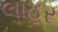
લાહર